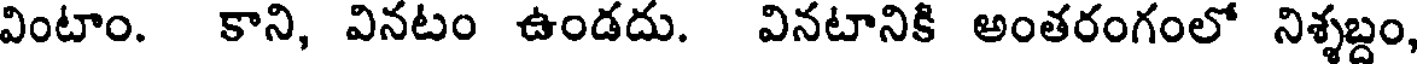
వింటాం. కాని, వినటం ఉండదు. వినటానికి అంతరంగంలో నిశ్శబ్దం,